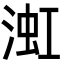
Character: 渱